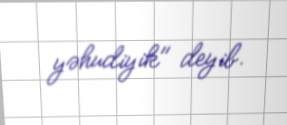
yəhudiyik" deyib.